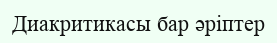
Диакритикасы бар әріптер